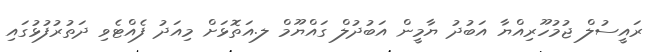
ރައީސުލް ޖުމުހޫރިއްޔާ އަބުދު ޔާމީން އަބުދުލް ގައްޔޫމް ލ.އަތޮޅަށް މިއަދު ފެއްޓެވި ދަތުރުފުޅުގައި